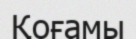
Қоғамы